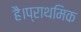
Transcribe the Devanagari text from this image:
है।प्राथमिक